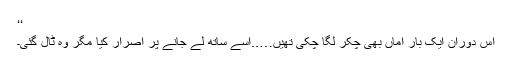
‘‘
اس دوران ایک بار اماں بھی چکر لگا چکی تھیں…..اسے ساتھ لے جانے پر اصرار کیا مگر وہ ٹال گئی۔